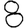
Digit: 8